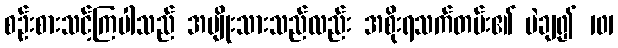
စဉ်းစားသင့်ကြပါသည် အမျိုးသားသည်လည်း အစိုးရသက်တမ်း၏ မဲချ၍ 101